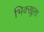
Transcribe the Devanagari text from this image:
भिक्खूला